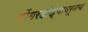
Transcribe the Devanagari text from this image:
डोंगरदांड्यावरूनच